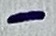
Text: -